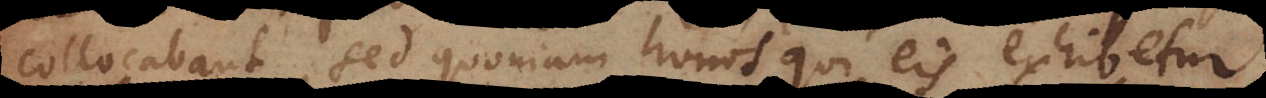
collocabant, sed quoniam honos qui eis exhibetur